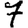
Digit: 7